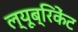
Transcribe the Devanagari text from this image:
ल्यूब्रिकेंट